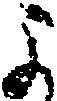
よ